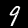
Label: 9